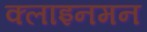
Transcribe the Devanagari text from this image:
क्लाइनमन